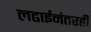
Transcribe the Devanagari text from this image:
लढाईनंतरही